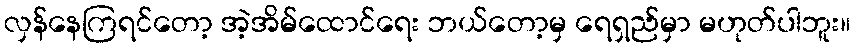
လှန်နေကြရင်တော့ အဲ့အိမ်ထောင်ရေး ဘယ်တော့မှ ရေရှည်မှာ မဟုတ်ပါဘူး။